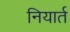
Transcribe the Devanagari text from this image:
नियार्त